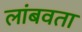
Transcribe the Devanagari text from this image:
लांबवता